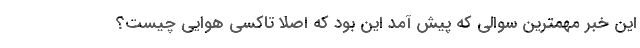
این خبر مهمترین سوالی که پیش آمد این بود که اصلاً تاکسی هوایی چیست؟